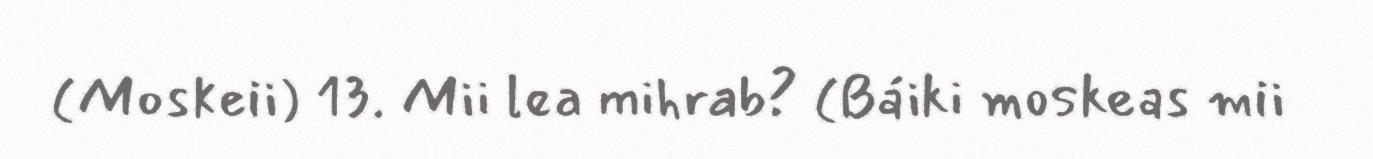
(Moskeii) 13. Mii lea mihrab? (Báiki moskeas mii